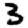
Digit: 3